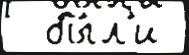
  бы́л'и